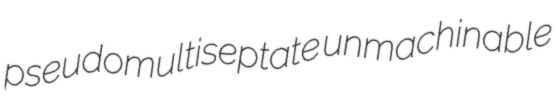
pseudomultiseptate unmachinable